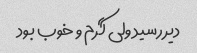
دیررسید ولی گرم و خوب بود